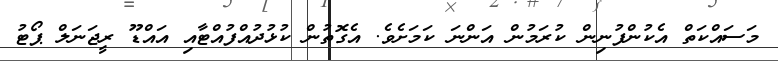
މަސައްކަތް އެކުންފުނިން ކުރަމުން އަންނަ ކަމަށެވެ. އެގޮތުން ކުޅުދުއްފުއްޓާއި އައްޑޫ ރީޖަނަލް ޕޯޓު